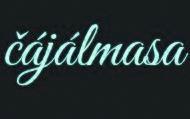
čájálmasa